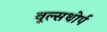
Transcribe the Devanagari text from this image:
वूल्सथोर्प